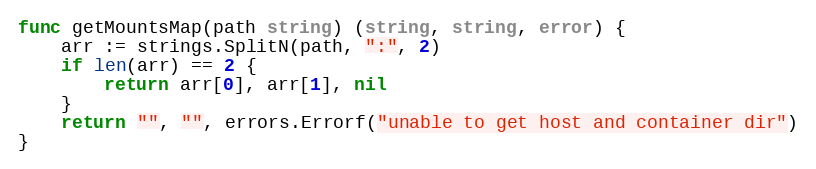
Language: Go
func getMountsMap(path string) (string, string, error) {
	arr := strings.SplitN(path, ":", 2)
	if len(arr) == 2 {
		return arr[0], arr[1], nil
	}
	return "", "", errors.Errorf("unable to get host and container dir")
}